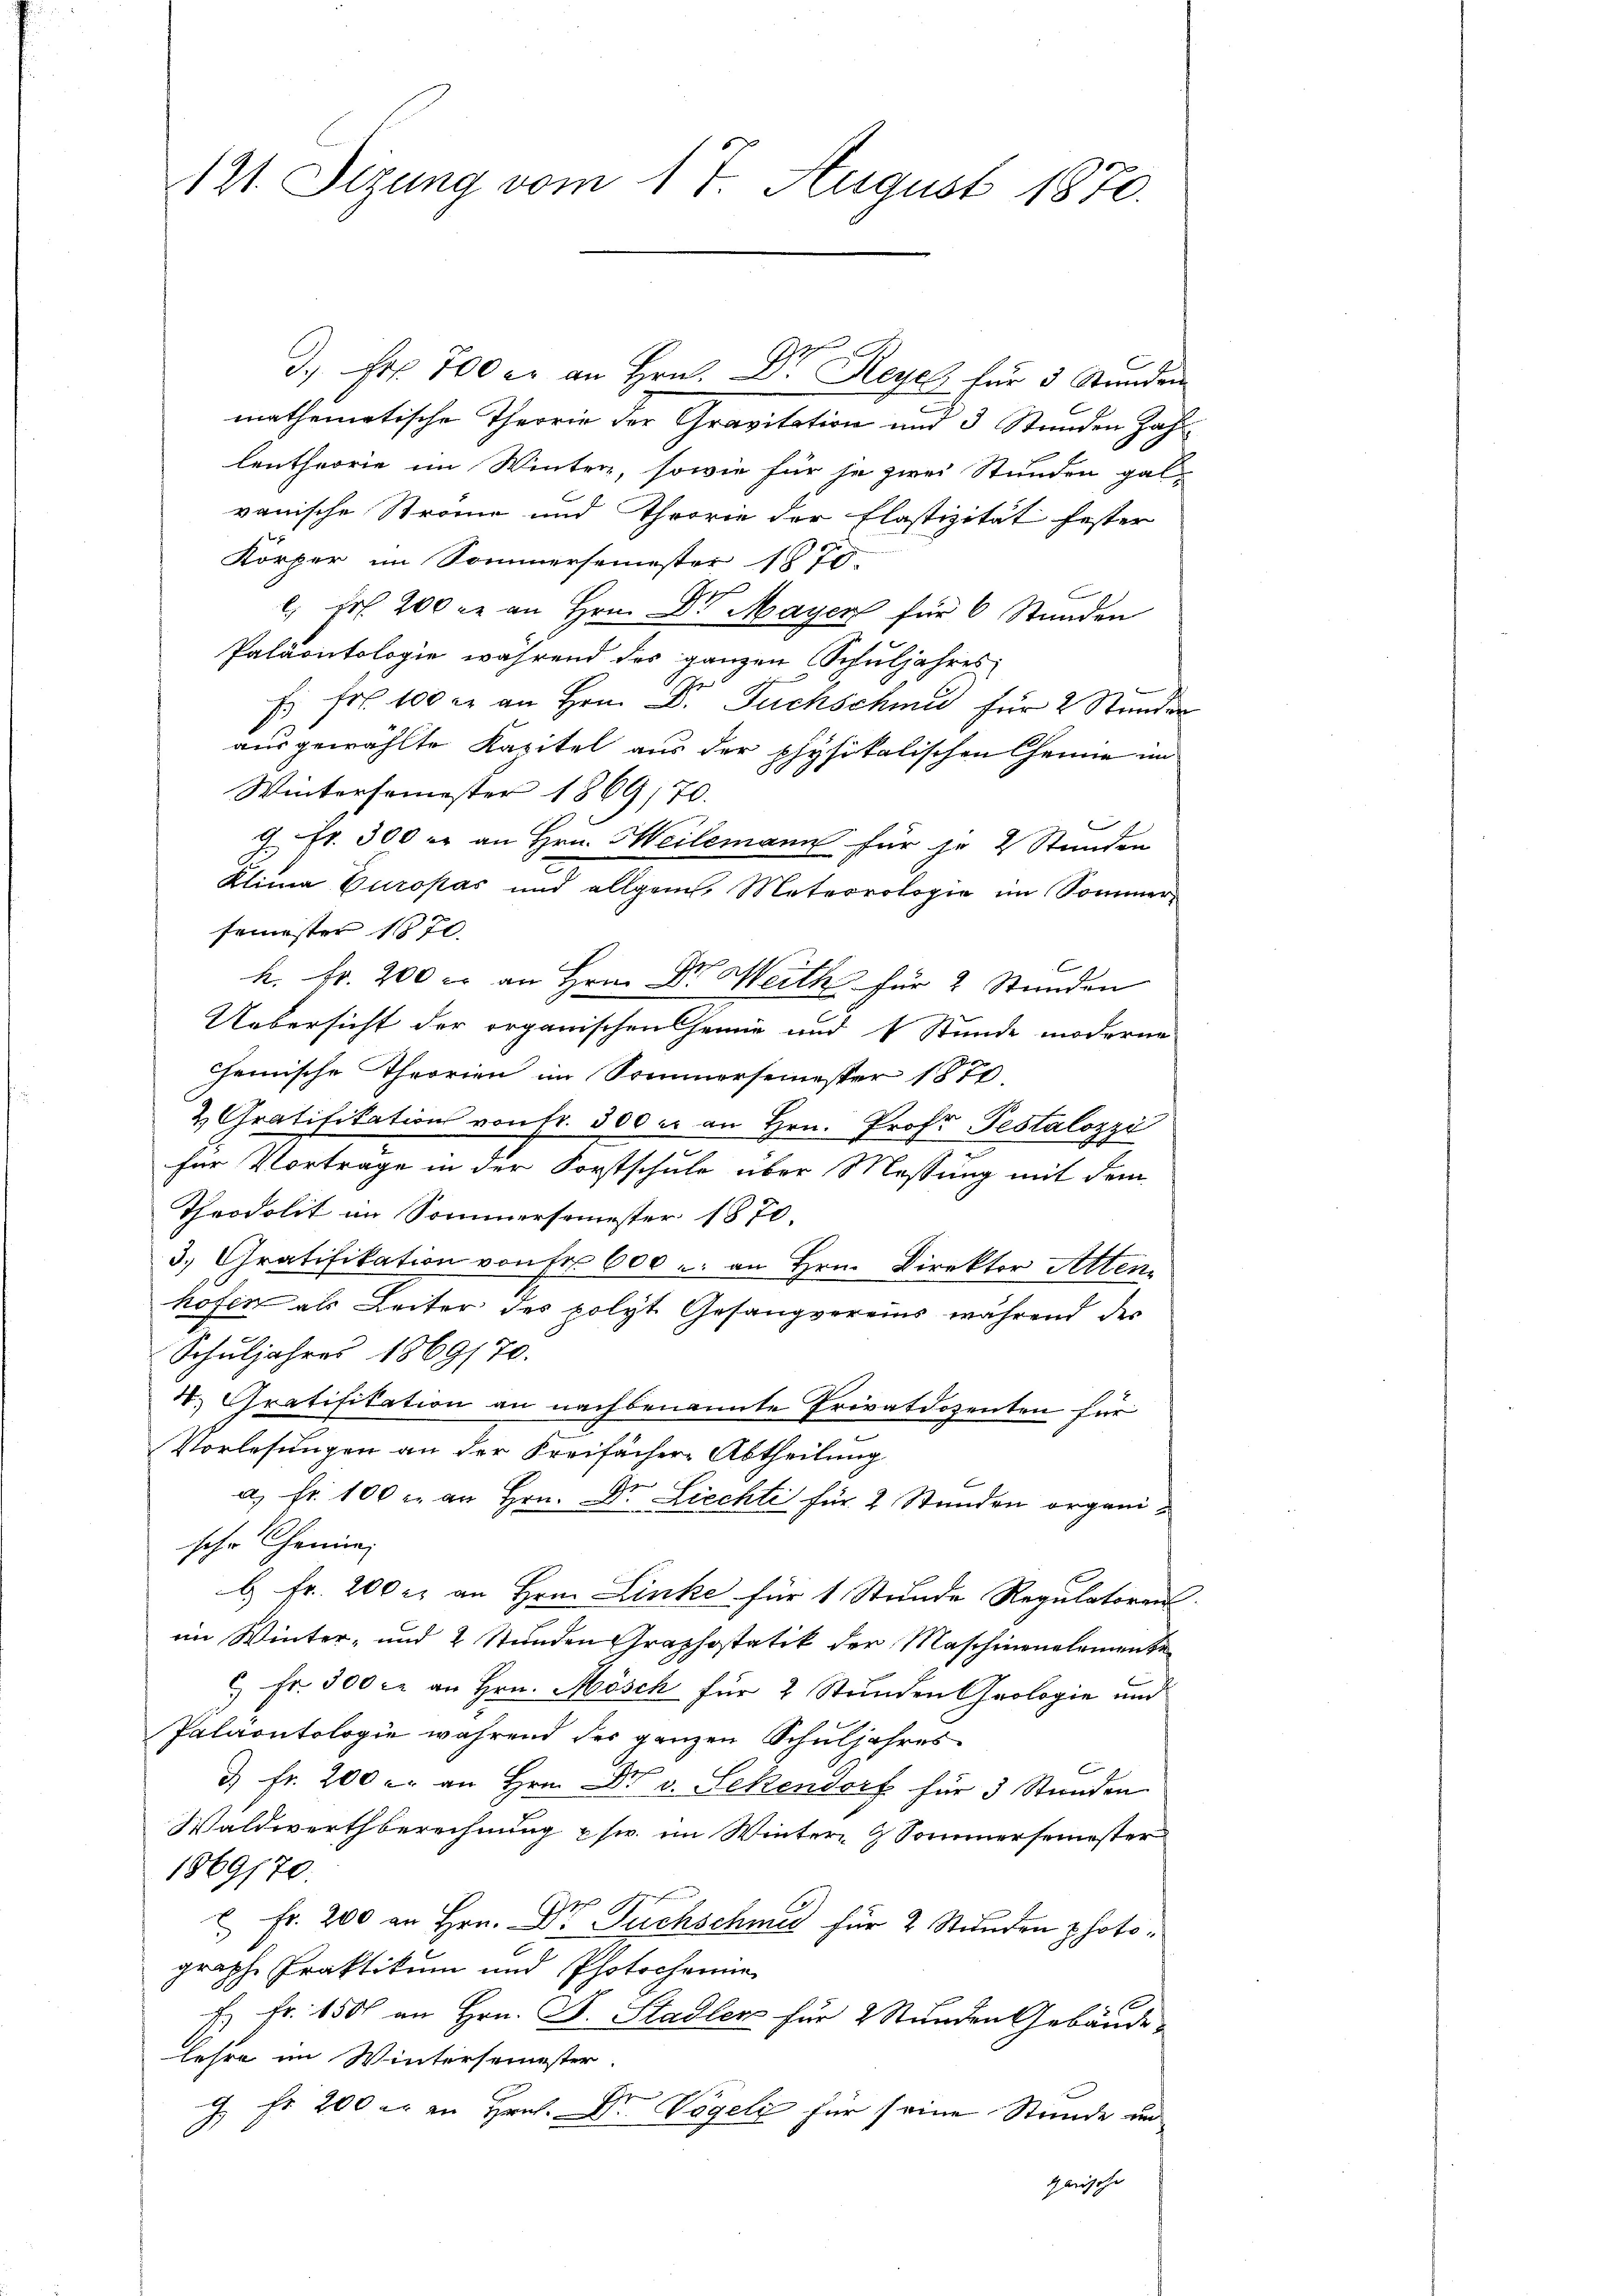
121. Sizung vom 17. August 1870.

d. Fr. 700 er an Hrn. Dr. Reye für 3 Stunden
mathematische Theorie der Gravitation und 3 Stunden Zahl
lentheorie im Winter, sowie für je zwei Stunden gal-
vanische Strome und Theorie der Plastizität fester
Körper im Sommersemester 1870.
l. Fr. 200 r. an Hrn. Dr. Mayer für 6 Stunden
Paläontologie während des ganzen Schuljahres
f Fr. 100 er an Hrn. Dr. Fuchschmid für 2 Stunden
ausgewählte Kapitel aus der physikalischen Chenne im
Wintersemester 1869, 70.
J. Fr. 300 er an Hrn. Heilemann für je 2 Stunden
Klima Europas und allgem. Meteorologie im Sommer-
semester 1870.
h. Fr. 200 c. an Hrn. Dr. Weith für 2 Stunden
Uebersicht der organischen Chemie und 1 Stunde moderne
Chemische Theorien im Sommersemester 1870,
2 Gratifikation von Fr. 300 er an Hrn. Prof. Pestalozzi
für Vortrage in der Forstschule über Messung mit dem
Theodolit im Sommersemester 1870.
3.) Gratifikation von Fr. 600 : an Hrn. Direktor Atten.
hofen als Leiter des polyt Gesangvereins während der
Schuljahres 1869/70.
50. Gratifikation an nachbenannte Privatdozenten für
Vorlesungen an der Freifächer Abtheilung
e
a. Fr. 100 r. an Hrn. Dr. Liechte für 2 Stunden organische Chemie
b. Fr. 200 r. an Hrn. Linke für 1 Stunde Regulatoren.
im Winter- und 2 Stunden Graphostatik der Maschinenelemente
6 Fr. 300 c. an Hrn. Mösch für 2 Stunden Prologie und
Paläontologie während des ganzen Schuljahres
3 fr. 200 u. an Hrn. Dr v. Sekendorf für 3 Stunden
Waldwerthberechnung usw. im Winter & Sommersemester
1869170
 Fr. 200 an Hrn. Dr Fuchschmer für 2 Stunden photograph Praktikum und Photochanne
E. fr. 150 an Hrn. F. Stadler für 2 Stunden Gebäude,
lehre im Wintersemester
G. fr. 200 er in Hrn. Dr. Vögeli für seine Stunde un
garische